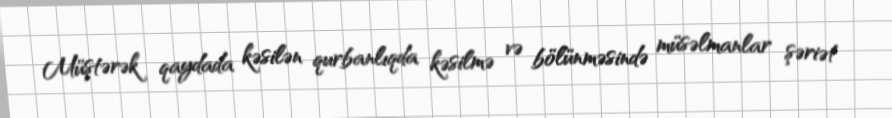
Müştərək qaydada kəsilən qurbanlıqda kəsilmə və bölünməsində müsəlmanlar şəriət